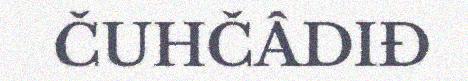
ČUHČÂDIĐ